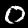
Digit: 0